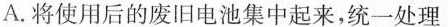
A.将使用后的废旧电池集中起来，统一处理